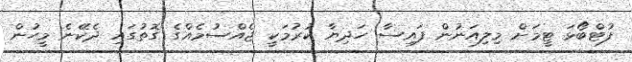
ފުޓްބޯޅަ ޓީމަށް މިލިއަނުން ފައިސާ ހަދިޔާ ކުރުމަކީ ޖެއްސުމެއްގެ ގޮތުގައި ދެކޭނެ މީހުން